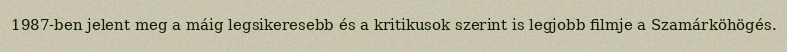
1987-ben jelent meg a máig legsikeresebb és a kritikusok szerint is legjobb filmje a Szamárköhögés.